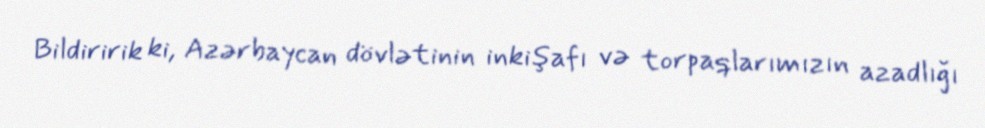
Bildiririk ki, Azərbaycan dövlətinin inkişafı və torpaqlarımızın azadlığı